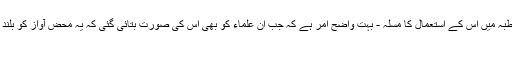
آپ ایک مثال بھی ایسی پیش نہیں کر سکیں گے - اب رہا نماز اور خطبہ میں اس کے استعمال کا مسلہ - بہت واضح امر ہے کہ جب ان علماء کو بھی اس کی صورت بتائی گئی کہ یہ محض آواز کو بلند کر کے آگے پہنچاتا ہے تو انہوں نے اپنے فتوے سے رجوع کر لیا -
ہندستان میں کتنے مولوی تھے ؟